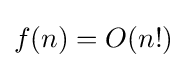
f(n)=O(n!)